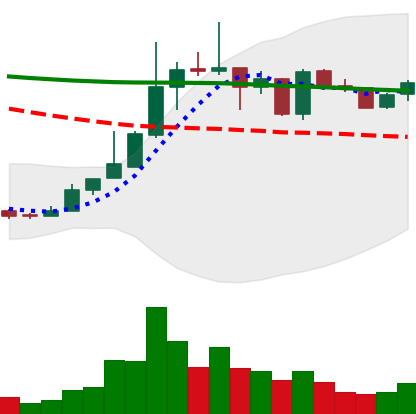
Ticker: TRX-USD
Chart end date: 2019-01-02
Forward return: 16.709%
Label: up_7plus